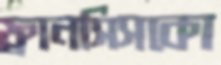
ফ্রানসিসকো